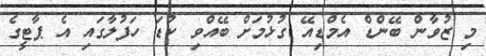
މި ޒުވާން ބޭންޑް އެމްޑިއޭ ގުޅުމަށް ބޭއްވި ކުޑަ ހަފުލާގައި އެ ޕާޓީގެ